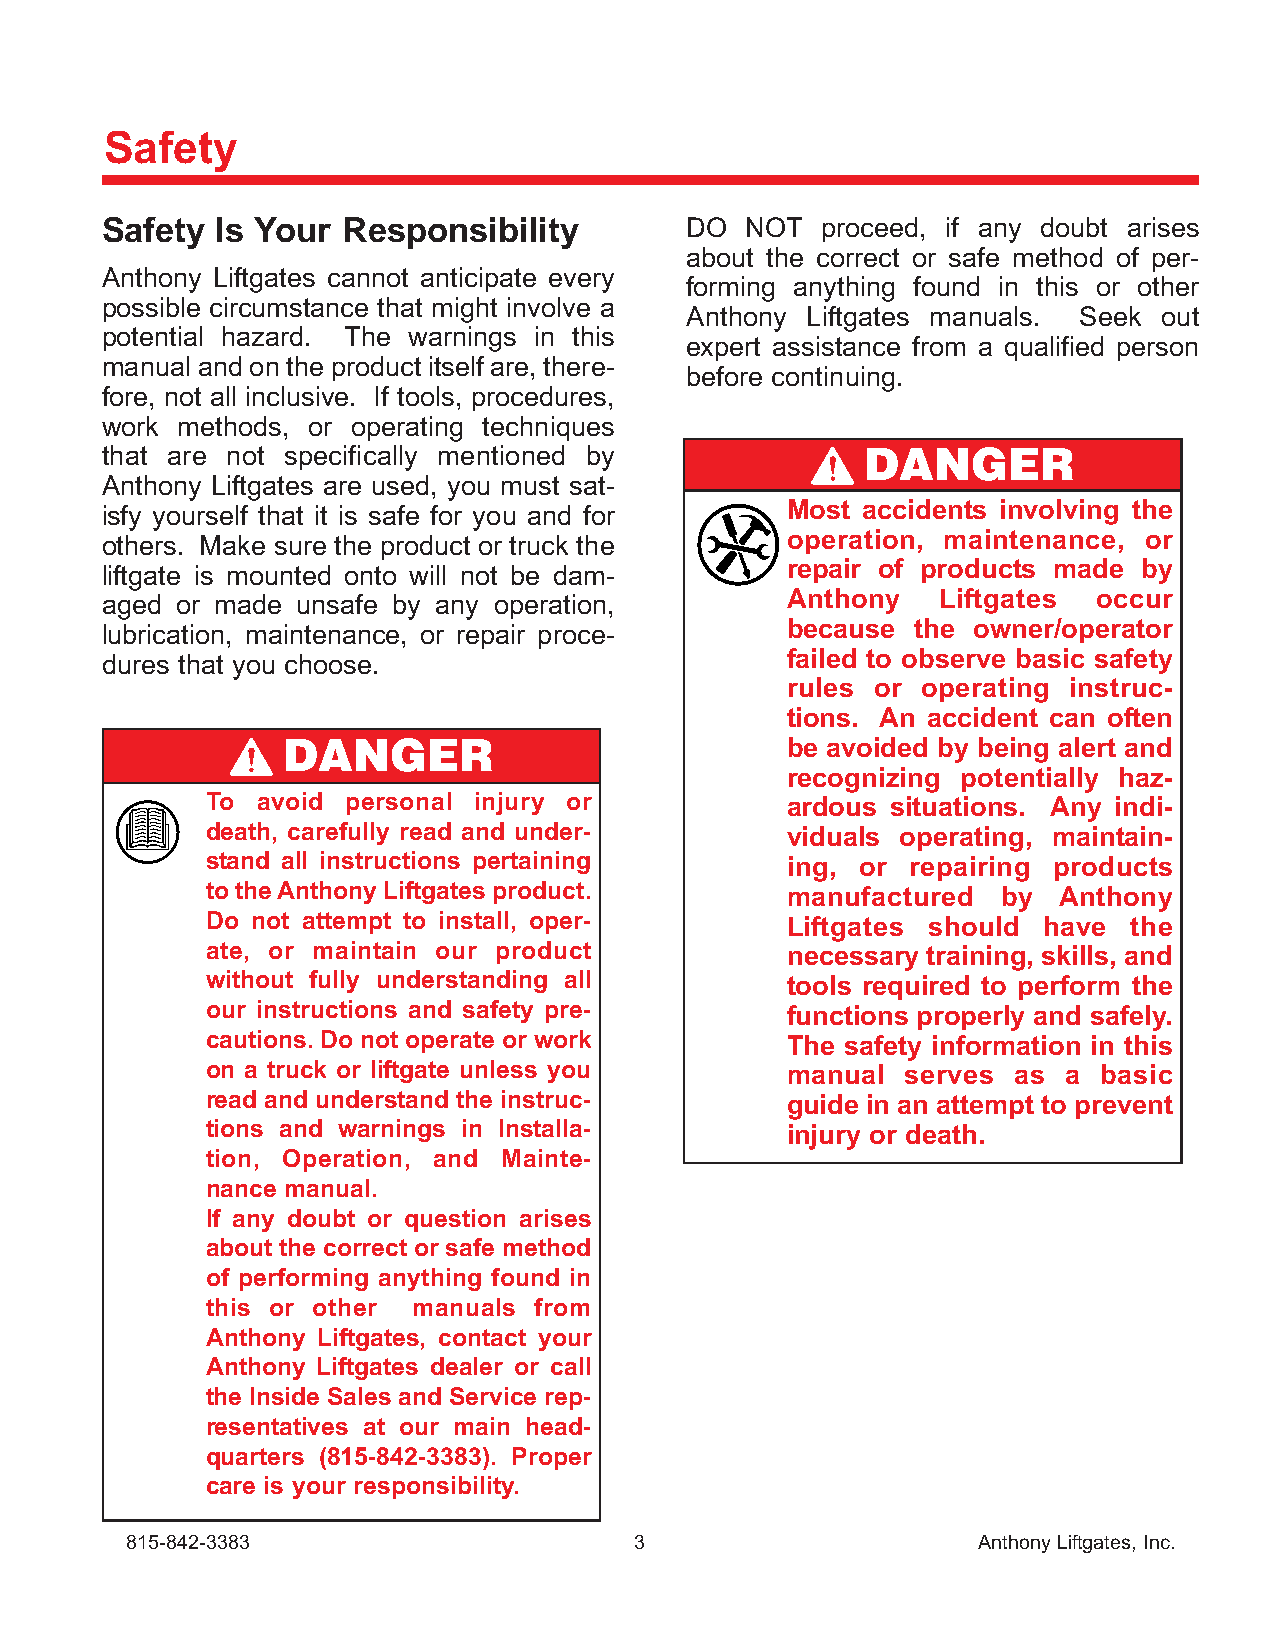
Safety
 Safety Is Your  Responsibility        DO  NOT  proceed, if any doubt arises
 about the correct or safe method of per-
 Anthony Liftgates cannot anticipate every
 forming anything found in this or other
 possible circumstance that might involve a
 Anthony Liftgates manuals. Seek out
 potential hazard. The warnings in this
 expert assistance from a qualified person
 manual and on the product itself are, there-
 before continuing.
 fore, not all inclusive. If tools, procedures,
 work methods, or operating techniques
 that are not specifically mentioned by            DANGER
 Anthony Liftgates are used, you must sat-
 isfy yourself that it is safe for you and for Most accidents involving the
 others. Make sure the product or truck the   operation, maintenance, or
 liftgate is mounted onto will not be dam-    repair of products made by
 aged or made unsafe by any operation,        Anthony   Liftgates  occur
 lubrication, maintenance, or repair proce-   because  the owner/operator
 dures that you choose.                       failed to observe basic safety
 rules or operating instruc-
 tions. An accident can often
 DANGER                           be avoided by being alert and
 recognizing potentially haz-
 To avoid personal injury or           ardous situations. Any indi-
 death, carefully read and under-      viduals operating, maintain-
 stand all instructions pertaining     ing, or repairing products
 to the Anthony Liftgates product.     manufactured  by  Anthony
 Do not attempt to install, oper-      Liftgates should have  the
 ate, or maintain our product          necessary training, skills, and
 without fully understanding all       tools required to perform the
 our instructions and safety pre-      functions properly and safely.
 cautions. Do not operate or work      The safety information in this
 on a truck or liftgate unless you     manual  serves as  a basic
 read and understand the instruc-      guide in an attempt to prevent
 tions and warnings in Installa-       injury or death.
 tion, Operation, and Mainte-
 nance manual.
 If any doubt or question arises
 about the correct or safe method
 of performing anything found in
 this or other manuals from
 Anthony Liftgates, contact your
 Anthony Liftgates dealer or call
 the Inside Sales and Service rep-
 resentatives at our main head-
 quarters (815-842-3383). Proper
 care is your responsibility.
 815-842-3383                      3                      Anthony Liftgates, Inc.